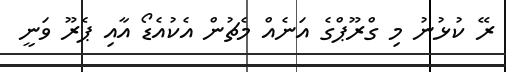
ރޭ ކުޅުނު މި ގްރޫޕްގެ އަނެއް މެޗުން އެކުއެޑޯ އާއި ޕެރޫ ވަނީ